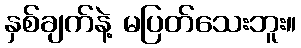
နှစ်ချက်နဲ့ မပြတ်သေးဘူး။